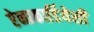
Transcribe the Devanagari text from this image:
ऐनाकार्डियेसी